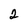
Character: 2